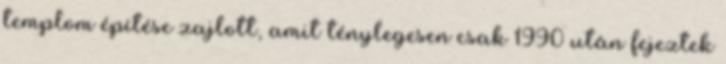
templom építése zajlott, amit ténylegesen csak 1990 után fejeztek